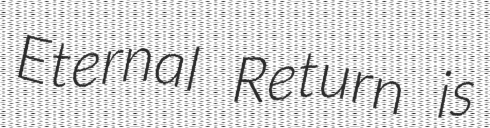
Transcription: Eternal Return is